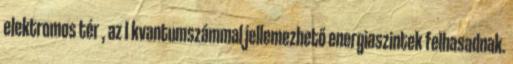
elektromos tér , az I kvantumszámmal jellemezhető energiaszintek felhasadnak.